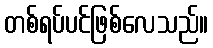
တစ်ရပ်ပင်ဖြစ်လေသည်။